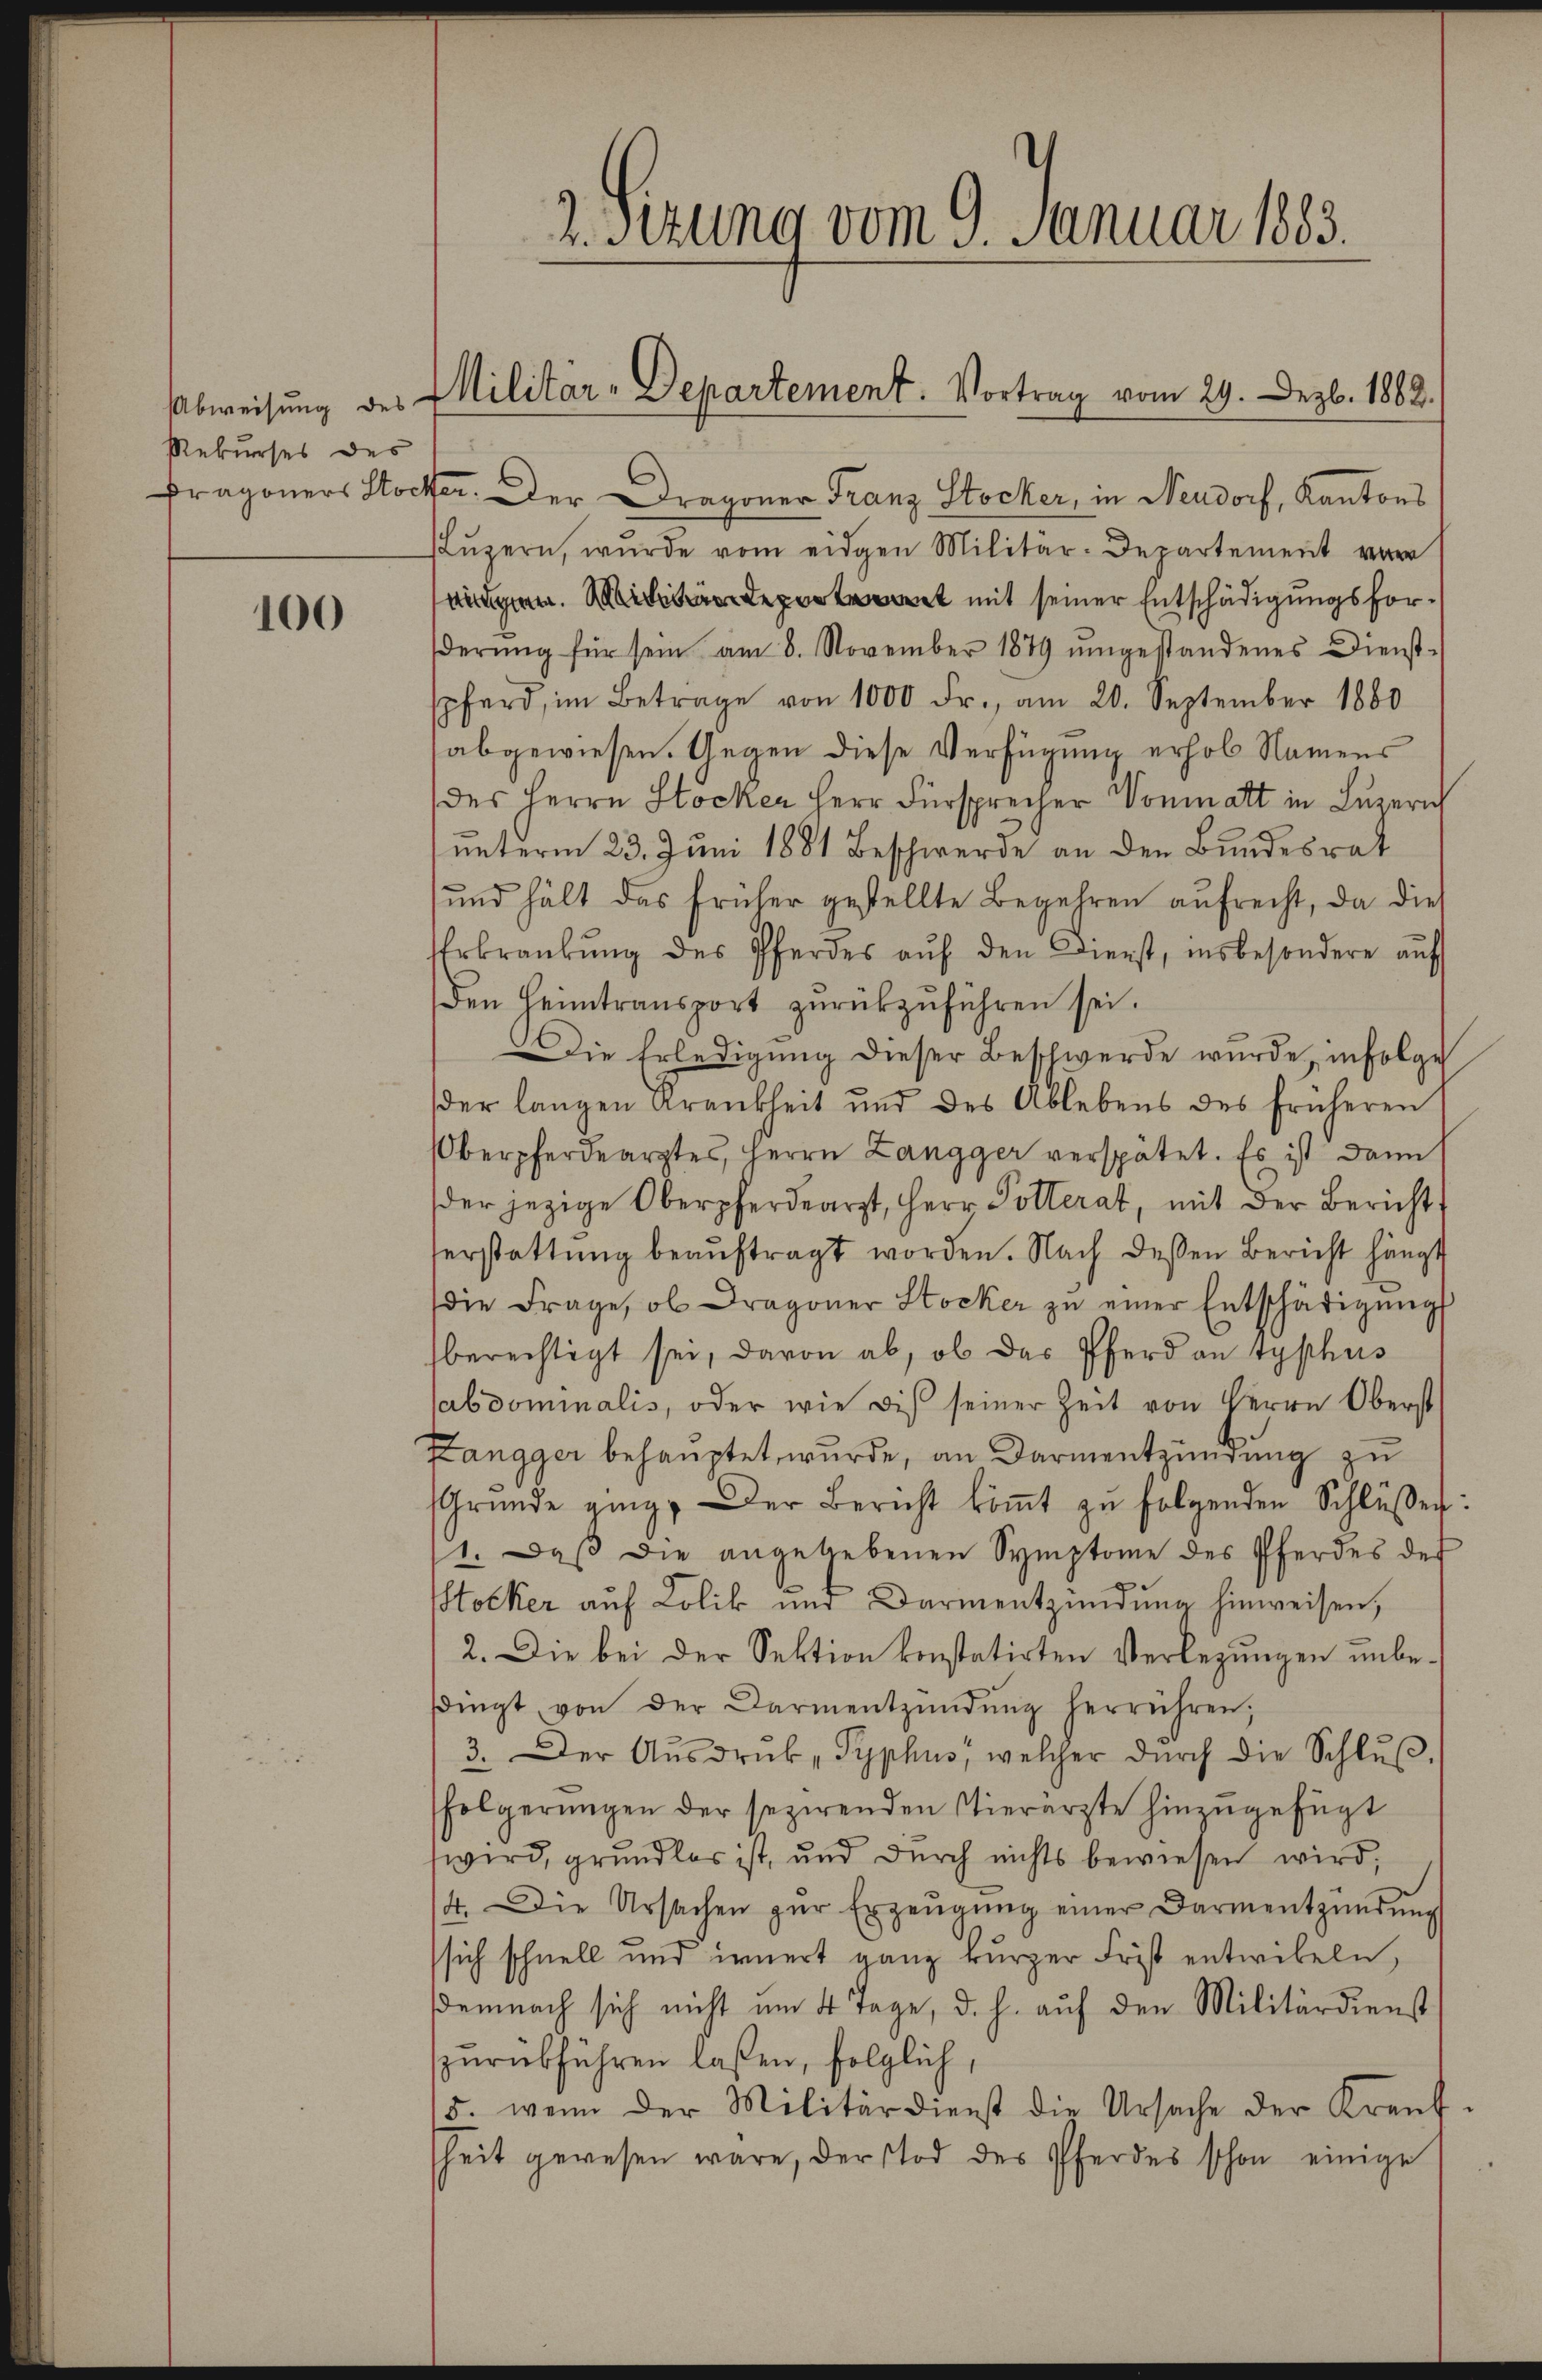
Abweisung des
Rekurses des

100

2. Sizung vom 9. Januar 1883.

Militär-Departement. Vortrag vom 29. Dez. 1882.

Fragoners Stocker.  Der Dragoner Franz Stocker, in Neudorf, Kantons
Lŭzern, wurde vom eidgen Militär-Departement von
ändigen. Mit mit seiner Entschädigungsforderŭng für sein am 8. November 1879 ŭmgestandenes Dienst-
pferd, im Betrage von 1000 Fr., am 20. September 1880
abgewiesen. Gegen diese Verfügung erhob Namens
des Herrn Stocker Herr Fürsprecher Vormatt in Luzern
unterm 23. Juni 1881 Beschwerde an den Bundesrat
sund hält das früher gestellte Begehren aufrecht, da dies
Erkrankung des Pferdes auf den Dienst, insbesondere auf
den Heimtransport zŭrückzuführen sei.
Die Erledigung dieser Beschwerde wurde, infolge
der langen Krankheit und des Ablebens des früheren
berpferdearztes, Herrn Zangger verspätet. Es ist dann
der jezige Oberpferdearzt, Herr Potterat, mit der Bericht
serstattung beauftragt worden. Nach dessen Bericht hängt
(die Frage, ob Dragoner Stocker zŭ einer Entschädigŭng
berechtigt sei, davon ab, ob das Pferd an typhus
sabdominalis, oder wie dis seiner Zeit von Herrn Oberst
Zangger behauptet, wurde, an Darmentzündung zu
Grŭnde ging. Der Bericht koṁt zŭ folgenden Schlŭβer:
1. Daß die angelebenen Symptome des Pferdes des
tocker auf Lolik und Darmentzündung hinweisen,
2. Die bei der Sektion konstatirten Verlegungen unbesdingt von der Darmentzündŭng herrühren;
3. Der Aŭsdruck „Typhus, welcher dŭrch die Schlŭβ
folgerŭngen der sezirenden Vierärzte hinzŭgefügt
wird, grundlos ist, und durch nichts bewiesen wird,
14. Die Ursachen zŭr Erzeŭgŭng einer Darmentzündŭng
sich schnell und innert ganz kurzer Frist entwikeln,
demnach sich nicht um 4 Tage, d. h. auf den Militärdienst
zurückführen laßen, folglich,
15. wenn der Militärdienst die Ursache der Kreŭf-
sheit gewesen wäre, der Tod des Pferdes schon einige